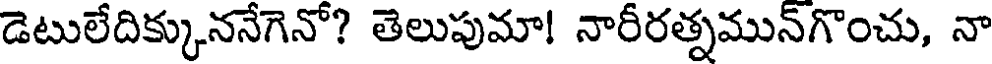
డెటులేదిక్కుననేగెనో? తెలుపుమా! నారీరత్నమున్గొంచు, నా